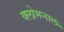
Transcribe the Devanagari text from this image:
क्लोमनाल